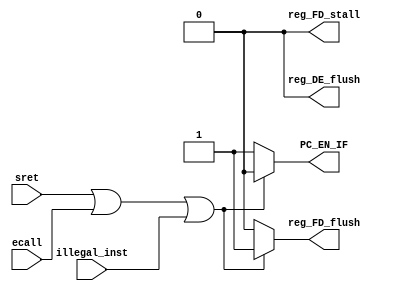
`timescale 1ns / 1ps

module ExpIDCatcher(
                                            // [ID]
        input  sret,
        input  ecall,
        input  illegal_inst,                // TODO: handle illegal_inst
        output PC_EN_IF, reg_FD_stall, reg_DE_flush, reg_FD_flush
);

reg PC_EN_IF_, reg_FD_stall_, reg_DE_flush_, reg_FD_flush_;

// stallWB
// load-use hazzardflushIFID
always @ (*)
begin
    if (sret | ecall | illegal_inst)
    begin
        PC_EN_IF_ <= 0;
        reg_FD_stall_ <= 0;
        reg_DE_flush_ <= 0;
        reg_FD_flush_ <= 1;
    end
    else
    begin
        PC_EN_IF_ <= 1;
        reg_FD_stall_ <= 0;
        reg_DE_flush_ <= 0;
        reg_FD_flush_ <= 0;
    end
end

assign PC_EN_IF = PC_EN_IF_;
assign reg_FD_stall = reg_FD_stall_;
assign reg_DE_flush = reg_DE_flush_;
assign reg_FD_flush = reg_FD_flush_;

endmodule